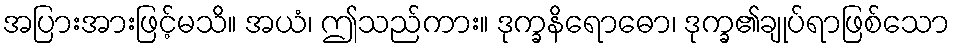
အပြားအားဖြင့်မသိ။ အယံ၊ ဤသည်ကား။ ဒုက္ခနိရောဓော၊ ဒုက္ခ၏ချုပ်ရာဖြစ်သော